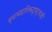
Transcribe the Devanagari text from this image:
व्यावहारिकदृष्ट्याही